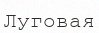
Луговая